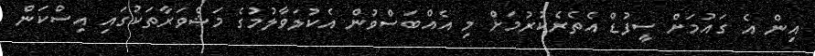
އިން އެ ގައުމަށް ސީފުޑް އެތެރެކުރުމަށް މި އެއްބަސްވުން އެކުލަވާލުމުގެ މަޝްވަރާތަކުގައި އިސްކަން